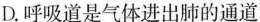
D.呼吸道是气体进出肺的通道